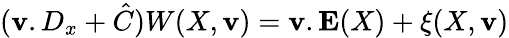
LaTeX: (\mathbf{v}.D_{x}+\hat{{C}})W(X,{\mathbf{\mathbf{v}}})={\mathbf{\mathbf{v}}}.{\mathbf{E}}(X)+\xi(X,{\mathbf{\mathbf{v}}})